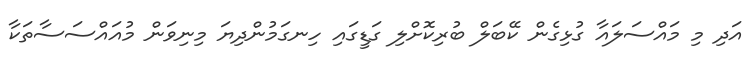
އަދި މި މައްސަލައާ ގުޅިގެން ކޭބަލް ބުރިކޮށްލި ގަޑީގައި ހިނގަމުންދިޔަ މިނިވަން މުއައްސަސާތަކާ